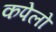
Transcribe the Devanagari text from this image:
कपेलो